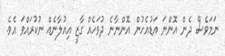
ނަމަވެސް ދެން އޮންނަ އަޑުއެހުން އޮންނާނެ ދުވަހެއް ގާޒީ އިއުލާނެއް ނުކުރައްވަ އެވެ.